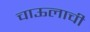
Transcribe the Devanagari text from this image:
चाऊलाची